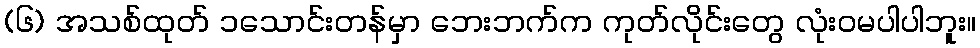
(၆) အသစ်ထုတ် ၁သောင်းတန်မှာ ဘေးဘက်က ကုတ်လိုင်းတွေ လုံးဝမပါပါဘူး။